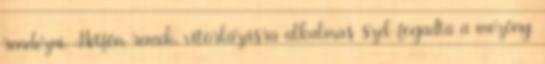
rendezni. Hétfőn remek, vitorlázásra alkalmas szél fogadta a mezőny,